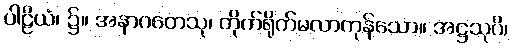
ပါဠိယံ၊ ၌။ အနာဂတေသု၊ တိုက်ရိုက်မလာကုန်သော။ အဋ္ဌသုပိ၊